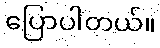
ပြောပါတယ်။